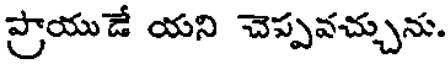
ప్రాయుడే యని చెప్పవచ్చును.